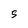
Character: S